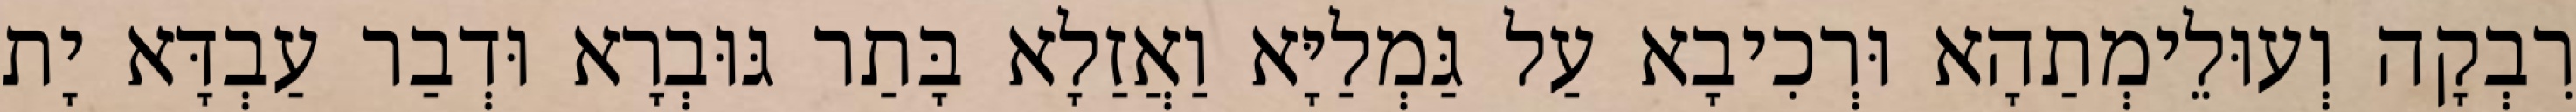
רִבְקָה וְעוּלֵימְתַהָא וּרְכִיבָא עַל גַּמְלַיָּא וַאֲזַלָא בָּתַר גּוּבְרָא וּדְבַר עַבְדָּא יָת